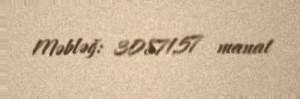
Məbləğ: 30871,57 manat